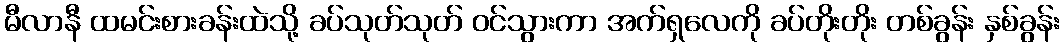
မီလာနီ ထမင်းစားခန်းထဲသို့ ခပ်သုတ်သုတ် ဝင်သွားကာ အက်ရှလေကို ခပ်တိုးတိုး တစ်ခွန်း နှစ်ခွန်း